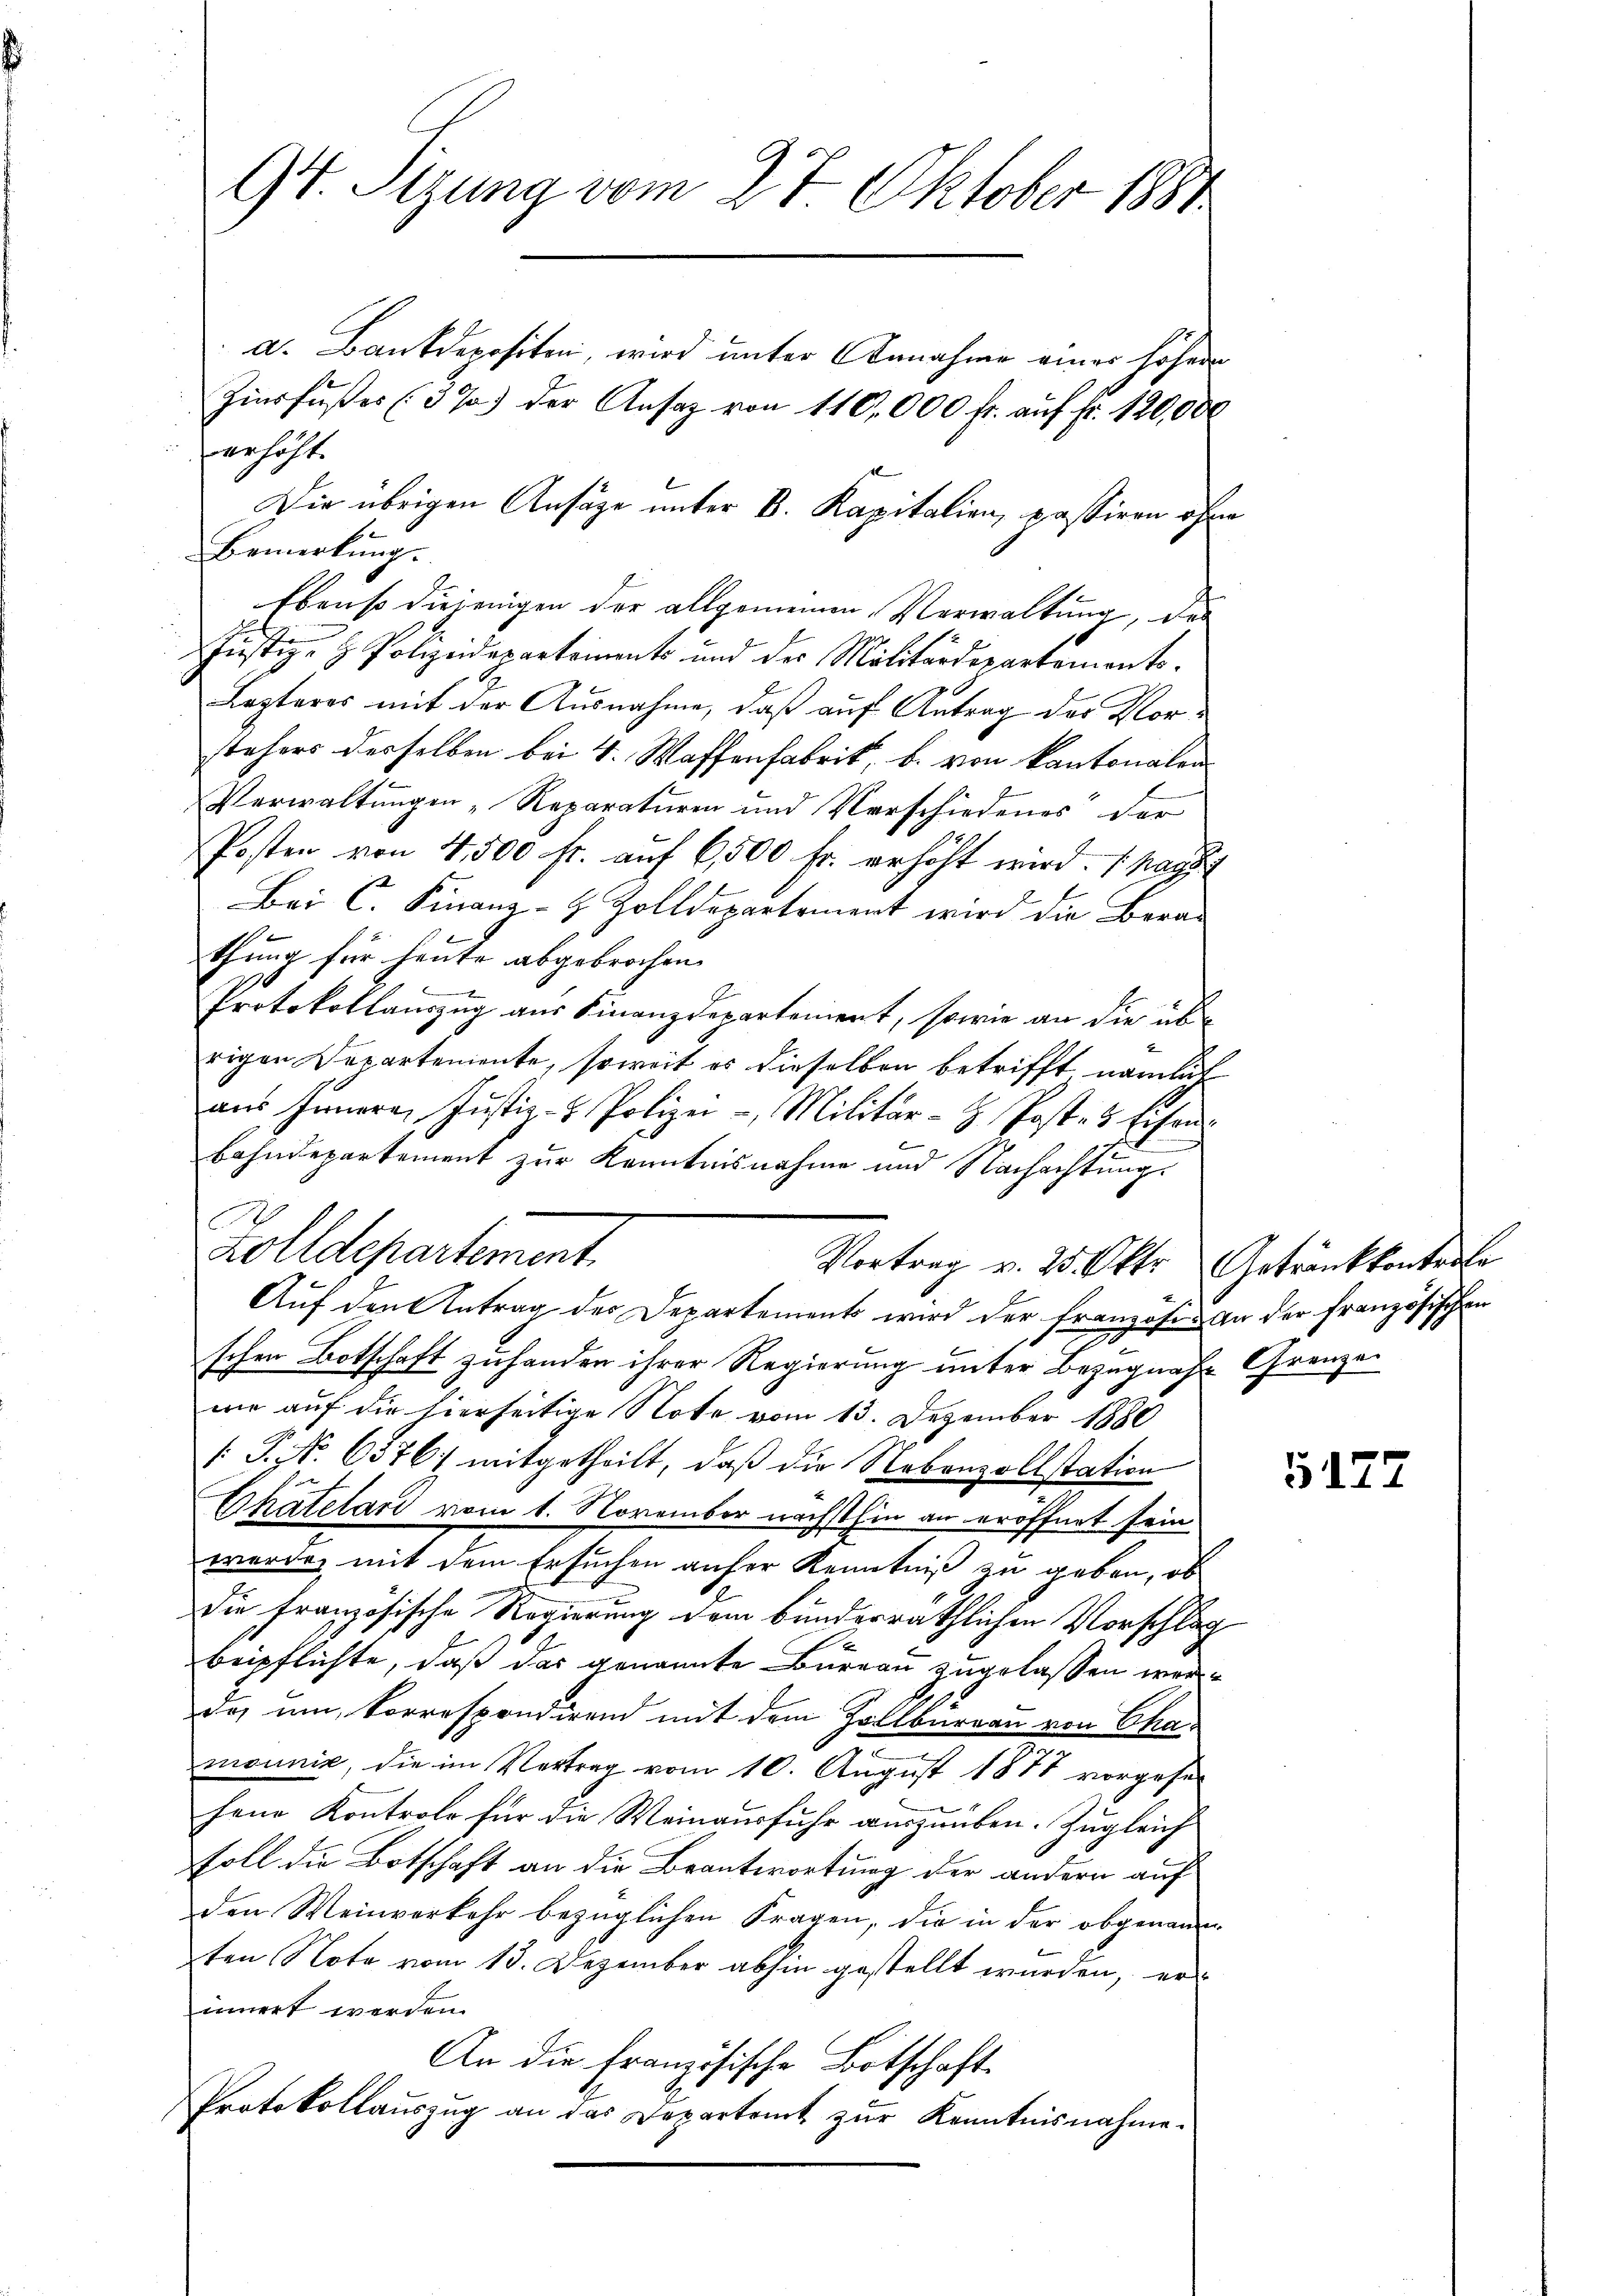
94. Sizung vom 27 Oktober 1881

erhöht.
Die übrigen Ansäge unter B. Kapitalien, passiren ohne
Bemerkung.
Ebenso diejenigen der allgemeinen Verwaltung, das
Justiz- & Polizeidepartement und der Militärdepartements.
Lezteres mit der Ausnahme, daß auf Antrag des Vorstehers desselben bei 4. Waffenfabrik, b. von kantonalen
Verwaltungen „Reparaturen und Verschiedenes der
Posten von 4,500 fr. auf 6,500 fr. erhöht wird. ( pass
Bei C. Finanz- & Zolldepartement wird die Berathung für heute abgebrochen. |
Protokollauszug aus Finanzdepartement, sowie an die übe
rigen Departemente, soweit es dieselben betrifft nämlich
aŭs Innern, Justiz- & Polizei- Militär-H. Post 3 Eisen
x
bahndepartement zur Kenntnisnahme und Nachachtung.
A
Zolldepartement
Vortrag v. 25. Oktr. Getränkkontrole
Auf den Antrag des Departement wird der Französi an der französischen
schen Botschaft zu handen ihrer Regierung unter Bezugnahe Granzawie auf die hierseitige Note vom 13. Dezember 1880
[ P. No 6376) mitgetheilt, daß die Nebenzollstation
Chatelart vom 1. November nächsthin an eröffnet sein
werde, mit dem Ersuchen anfer Kenntniß zu geben, ob
Die französische Regierung dem bunderräthlichen Vorschlag
beipflichte, daß das genannte Bureau zugelassen werda um korrespondirend mit dem Zollbüreau von Chamonnig, die im Vertrag vom 10. August 1877 vorgesefene Kontrole für die Weinausfuhr auszuüben. Zugleich
soll die Botschaft an die Beantwortung der andern auf
den Weinverkehr bezüglichen Fragen, die in der obgenann
ten Note vom 13. Dezember abhin gestellt wurden, er
innert werden.
An die französische Botschaft
Protokollaŭszŭg an das Departamt zŭr Kenntnisnahme.

a. Bankdepositon, wird unter Annahme einer höher
Zinsfŭβer (3 % der Ansaz von 110 000 fr. aŭf fr. 120,000

5177